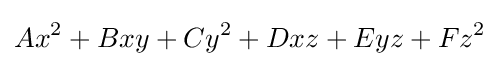
Ax^{2}+Bxy+Cy^{2}+Dxz+Eyz+Fz^{2}